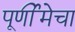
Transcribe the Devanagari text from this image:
पूर्णीमेचा